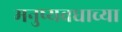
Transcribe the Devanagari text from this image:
मनुष्यवधाच्या